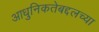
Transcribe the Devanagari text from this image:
आधुनिकतेबद्दलच्या